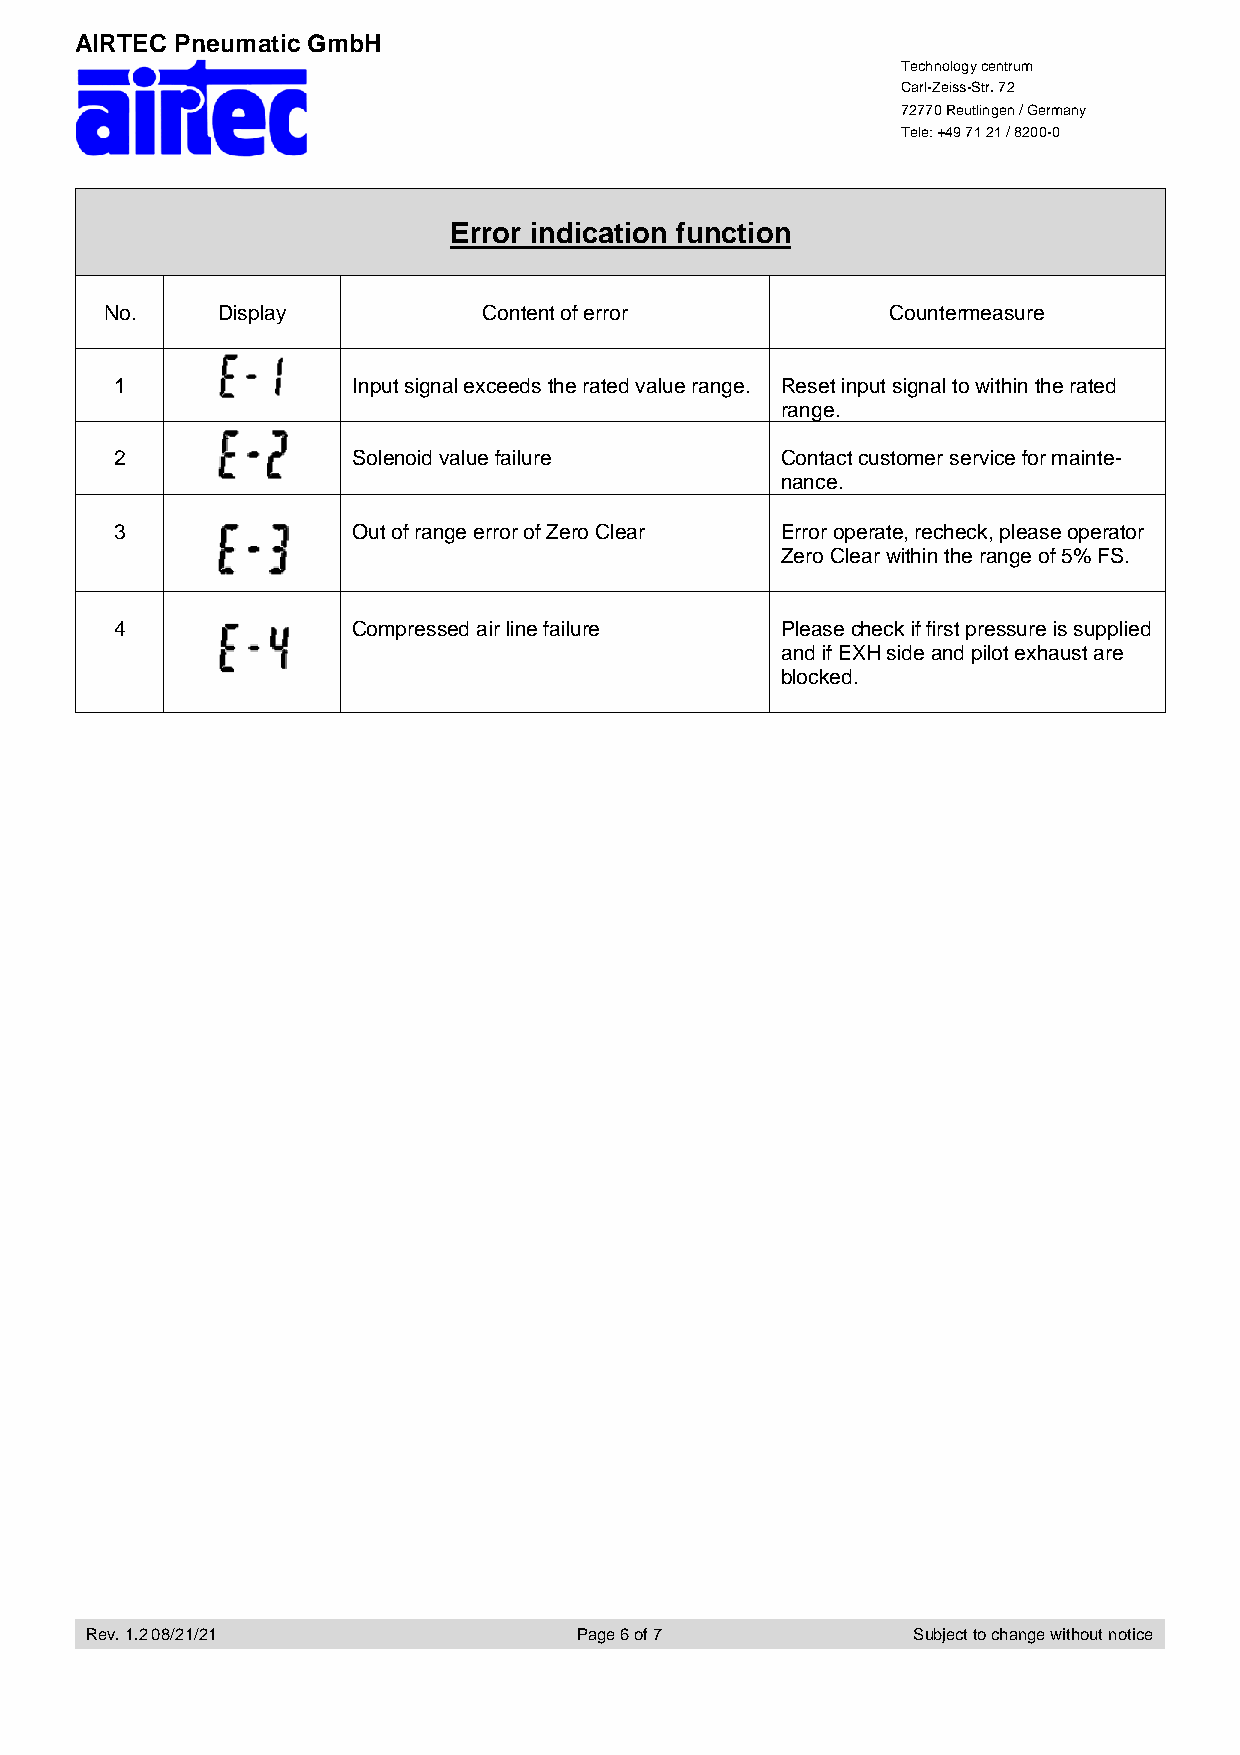
AIRTEC Pneumatic GmbH
 Technology centrum
 Carl-Zeiss-Str. 72
 72770 Reutlingen / Germany
 Tele: +49 71 21 / 8200-0
 Error indication function
 No.    Display           Content of error           Countermeasure
 1              Input signal exceeds the rated value range. Reset input signal to within the rated
 range.
 2              Solenoid value failure       Contact customer service for mainte-
 nance.
 3              Out of range error of Zero Clear Error operate, recheck, please operator
 Zero Clear within the range of 5% FS.
 4              Compressed air line failure  Please check if first pressure is supplied
 and if EXH side and pilot exhaust are
 blocked.
 Rev. 1.2 08/21/21               Page 6 of 7           Subject to change without notice